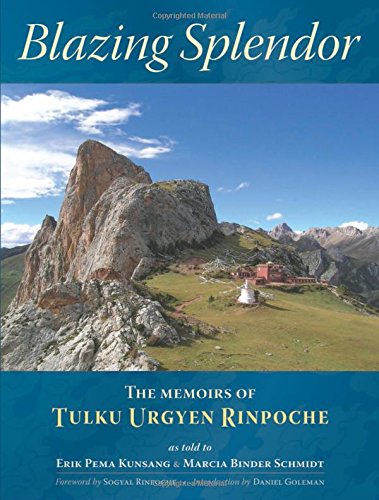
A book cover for Blazing Splendor: The Memoirs of Tulku Urgyen Rinpoche; Tulku Urgyen Rinpoche; Biographies & Memoirs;